Report on the nature of kala-azar
Disease focus: Kala-Azar
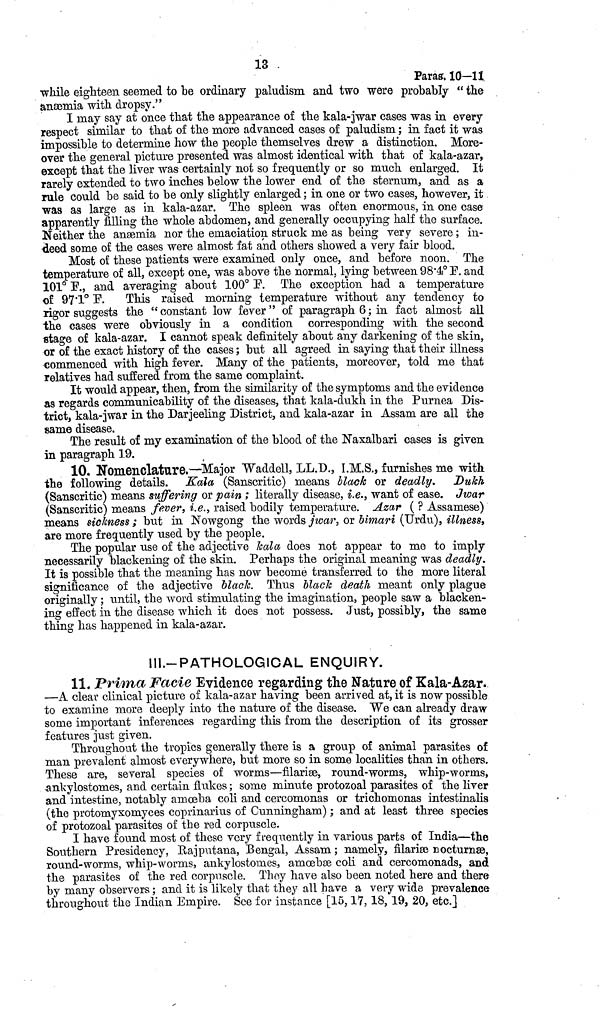
13
Paras. 10—11
while eighteen seemed to be ordinary paludism and two were probably " the
anæmia with dropsy."
I may say at once that the appearance of the kala-jwar cases was in every
respect similar to that of the more advanced cases of paludism ; in fact it was
impossible to determine how the people themselves drew a distinction. More-
over the general picture presented was almost identical with that of kala-azar,
except that the liver was certainly not so frequently or so much enlarged. It
rarely extended to two inches below the lower end of the sternum, and as a
rule could be said to be only slightly enlarged ; in one or two cases, however, it
was as large as in kala-azar. The spleen was often enormous, in one case
apparently filling the whole abdomen, and generally occupying half the surface.
Neither the anæmia nor the emaciation struck me as being very severe ; in-
deed some of the cases were almost fat and others showed a very fair blood.
Most of these patients were examined only once, and before noon. The
temperature of all, except one, was above the normal, lying between 98 . 4º and
101° F., and averaging about 100° F. The exception had a temperature
of 97'1° F. This raised morning temperature without any tendency to
rigor suggests the " constant low fever " of paragraph 6 ; in fact almost all
the cases were obviously in a condition corresponding with the second
stage of kala-azar. I cannot speak definitely about any darkening of the skin,
or of the exact history of the cases ; but all agreed in saying that their illness
commenced with high fever. Many of the patients, moreover, told me that
relatives had suffered from the same complaint.
It would appear, then, from the similarity of the symptoms and the evidence
as regards communicability of the diseases, that kala-dukh in the Purnea Dis-
trict, kala-jwar in the Darjeeling District, and kala-azar in Assam are all the
same disease.
The result of my examination of the blood of the Naxalbari cases is given
in paragraph 19.
10. Nomenclature,—Major "Waddell, LL.D., I.M.S., furnishes me with
the following details. Kala (Sanscritic) means black or deadly.
Dukh
(Sanscritic) means suffering or pain ; literally disease, i.e., want of ease. Jwar
(Sanscritic) means fever, i.e., raised bodily temperature. Azar ( ? Assamese)
means sickness ; but in Nowgong the words jwar, or bimari (Urdu), illness,
are more frequently used by the people.
The popular use of the adjective kala does not appear to me to imply
necessarily blackening of the skin. Perhaps the original meaning was deadly.
It is possible that the meaning has now become transferred to the more literal
significance of the adjective black. Thus black death meant only plague
originally ; until, the word stimulating the imagination, people saw a blacken-
ing effect in the disease which it does not possess. Just, possibly, the same
thing has happened in kala-azar.
lll.-PATHOLOGIOAL ENQUIRY.
11. Prima Facie Evidence regarding the Nature of Kala-Azar.
—A clear clinical picture of kala-azar having been arrived at, it is now possible
to examine more deeply into the nature of the disease. We can already draw
some important inferences regarding this from the description of its grosser
features just given.
Throughout the tropics generally there is a group of animal parasites of
man prevalent almost everywhere, but more so in some localities than in others.
These are, several species of worms—filarise, round-worms, whip-worms,
ankylostomes, and certain flukes ; some minute protozoal parasites of the liver
and intestine, notably amoeba coli and cercomonas or trichomonas intestinalis
(the protomyxomyces coprinarius of Cunningham) ; and at least three species
of protozoal parasites of the red corpuscle.
I have found most of these very frequently in various parts of India—the
Southern Presidency, Rajputana, Bengal, Assam ; namely, filarise nocturnæ,
round-worms, whip-worms, ankylostomes, amœbse coli and cercomonads, and
the parasites of the red corpuscle. They have also been noted here and there
by many observers ; and it is likely that they all have a very wide prevalence
throughout the Indian Empire. Sce for instance [15, 17, 18, 19, 20, etc.]